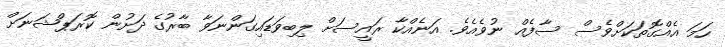
ހަމަ އެއްގޮތަކަށްވެސް ސާފެއް ނުވެއެވެ. އަނެއްކާ ރައީސަށް ލިބިވަޑައިގަންނަވާ ބާރުގެ ދަށުން ކޮރަޕްޝަނަށް